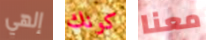
إلهي كونك معنا